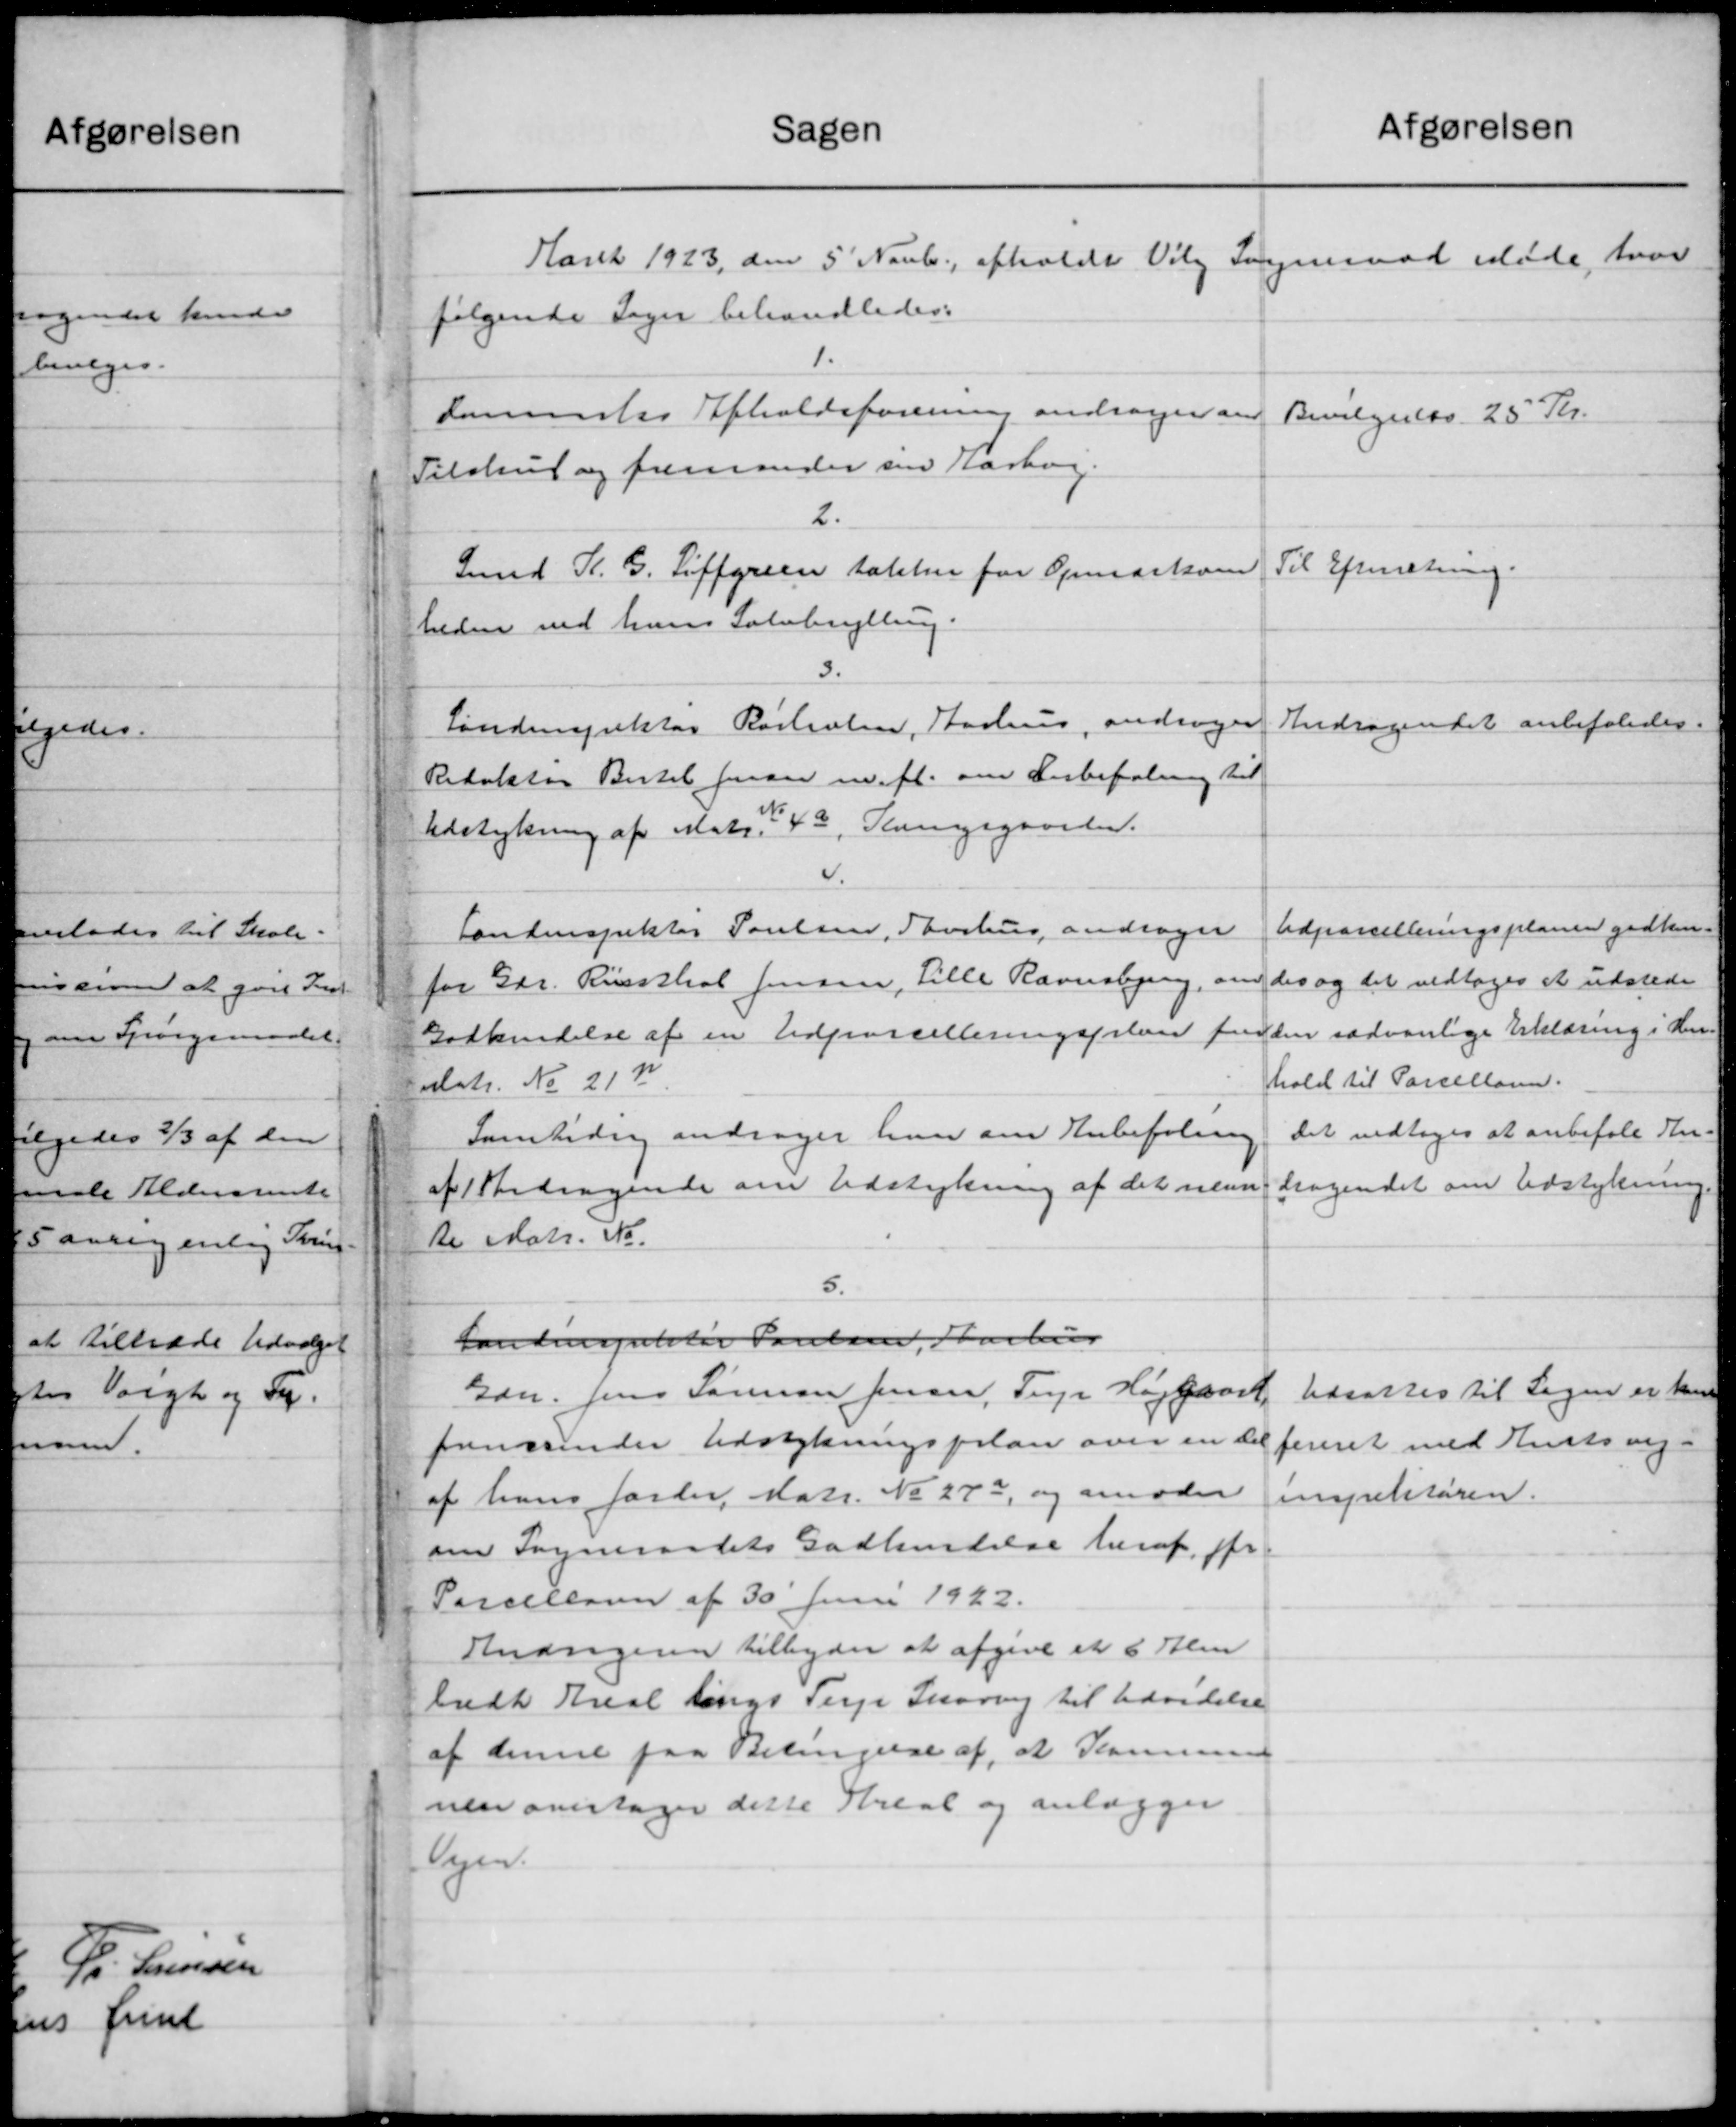
Transskription:
afgørelsen
Sagen
Aaret 1923 den 5' Novbr afholdt Vilg Sogneraad Møde hvor
følgende Sager behandledes:
1.
sammelse Afholdsforening andrager om
Bevilgedes 25 Kr.
Tilskud og fremsender sin Aarbog.
2.
Til Efterretning.
Smed K. G. Siffersen takster for Opmarkven
heden ved hans Sølvbrylling.
3.
Andragendet anbefaledes.
Landinspektør Rastroler, Aarhus, andrager
Redaktør Bertel forsaa m. fl. om Anbefaling til
Udstykning af Matr. 343, Slangsgaarden.
4.
Udparcelleringsplanen godken.
Landinspektør Poulsen, Thurhus andrager
des og det vedtoges at udstede
for Gdr. Rissthal Jensen, Lille Ravnsbjerg, om
Godkendelse af en Udparcelleringsplan finden sædvanlige Erklæring i Hen
hold til Parcellanen.
Matr. No 21 K
Det vedtoges at anbefale An-
Samtidig andrager han om Anbefaling
dragendet om Udstykning
af Andragende om Udstykning af det nævn
te Matr. No.
5.
Landinspektør Poulsen, Aarhus
Udsattes til Sagen er kun
Gdr. Jens Sørensen Jensen, Terp Højgaard
fremsender Udstykningsplan over en det
fereret med Amtsvej-
af hans Jorder, Matr. No 273, og anmoder
ineretisøren.
om Sogneraadets Godkendelse heraf for
Parcellanen af 30' Juni 1922.
Andrageren tilbyder at afgive et 6 Alen
ladt Areal Langs Terp Skovvej til Udvidelse
af denne paa Betingelse af, at Komune
nen overtager dette Kreal og anlægger
Vejen.